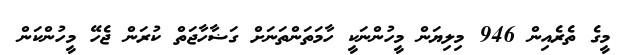
މީގެ ތެރެއިން 946 މިލިޔަން މީހުންނަކީ ހާމަތަންތަނަށް ގަޟާހާޖަތް ކުރަން ޖެހޭ މީހުންކަން